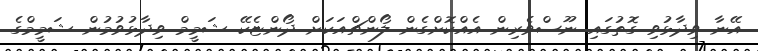
އޭނާ ވިދާޅުވި ގޮތުގައި ނޫސްވެރިން އެއްކޮށްގެން ލޯންޗްއަކަށް ދޯންޏެކޭ ޝަމީމް ވިދާޅުވުމުން ޝަމީމްގެ